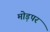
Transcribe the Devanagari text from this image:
मोड़पर